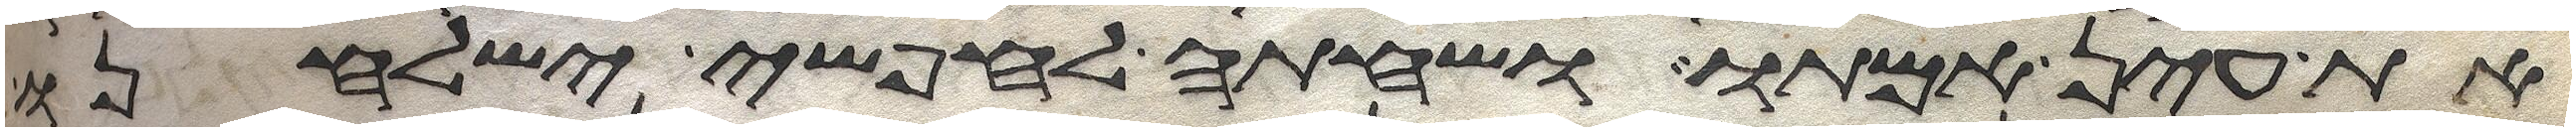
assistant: את עין אמתו ושחתה לחפשי ישלחנו